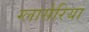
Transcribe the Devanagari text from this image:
ग्लासेरिया